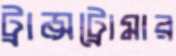
ট্রান্সট্রোমার